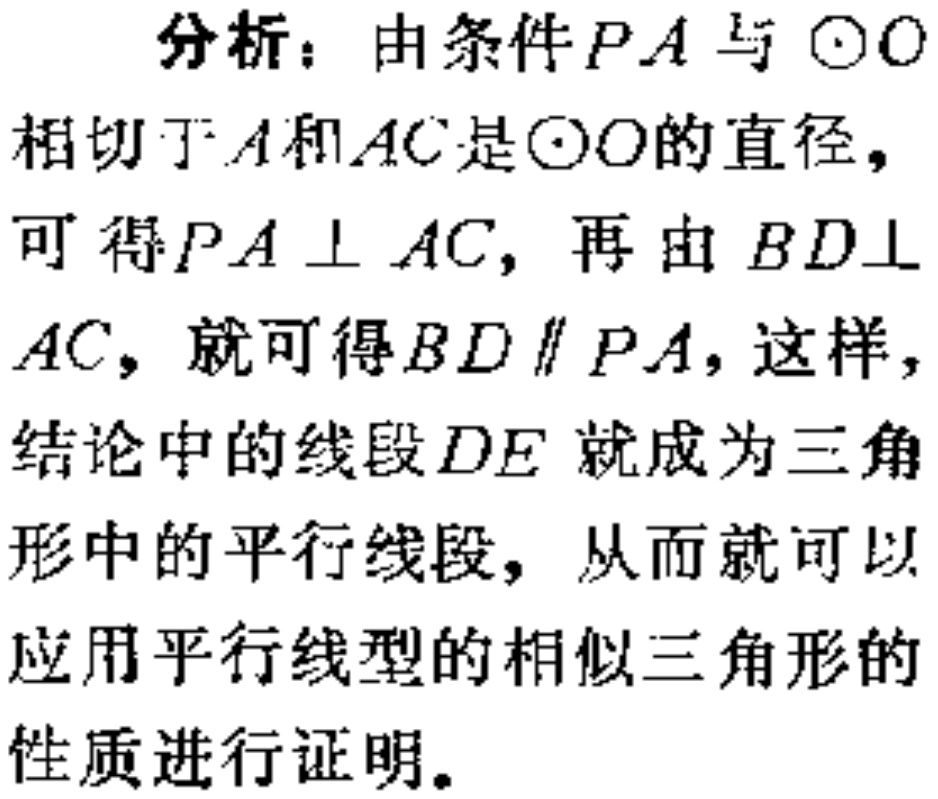
分析：由条件\(PA\)与\(\odot O\)相切于\(A\)和\(AC\)是\(\odot O\)的直径，可得\(PA \perp AC\)，再由\(BD\perp AC\)，就可得\(BD \parallel PA\)，这样，结论中的线段\(DE\) 就成为三角形中的平行线段，从而就可以应用平行线型的相似三角形的性质进行证明。